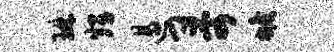
琳甥遏哥蟾